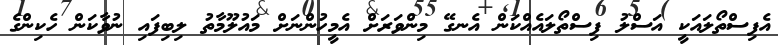
އެފިސްތޯލައަކީ އަސްލު ފިސްތޯލައެއްކަން އެނގޭ މިންވަރަށް އެމީހުންނަށް މައުލޫމާތު ލިބިފައި ނުވާކަން ހެކިންގެ